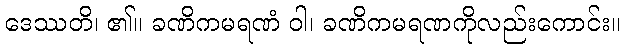
ဒေဿတိ၊ ၏။ ခဏိကမရဏံ ဝါ၊ ခဏိကမရဏကိုလည်းကောင်း။